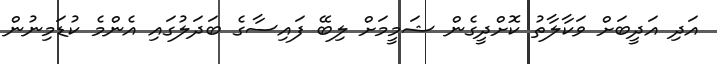
އަދި އަދީބަށް ވަކާލާތު ކޮށްދީގެން ޝަމީމަށް ލިބޭ ފައިސާގެ ބަދަލުގައި އެންމެ ކުޑަމިނުން